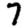
Digit: 7